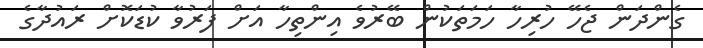
ގެންދަން ޖެހޭ ހުރިހާ ހަމަތަކުން ބޭރުވެ އިންތިހާ އަށް ފަރުވާ ކުޑަކޮށް ރައުދާގެ